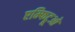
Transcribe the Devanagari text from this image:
एम्फिट्रूओ